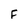
Character: F